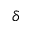
\delta